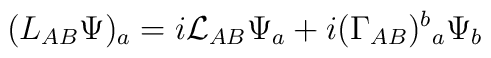
(L_{AB}\Psi )_a=i{\cal L}_{AB}\Psi _a+i(\Gamma _{AB})^b{}_a\Psi _b